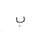
Letter: _ba